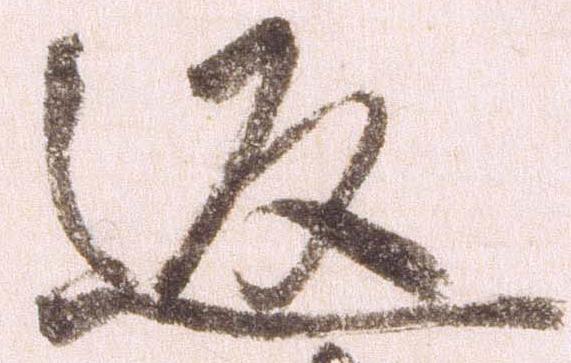
返